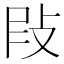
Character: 𢼖